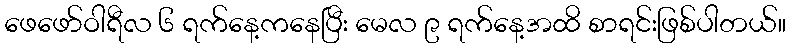
ဖေဖော်ဝါရီလ ၆ ရက်နေ့ကနေပြီး မေလ ၉ ရက်နေ့အထိ စာရင်းဖြစ်ပါတယ်။